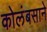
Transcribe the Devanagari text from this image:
कोलंबसाने